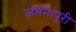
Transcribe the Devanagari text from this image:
जमनापुरी